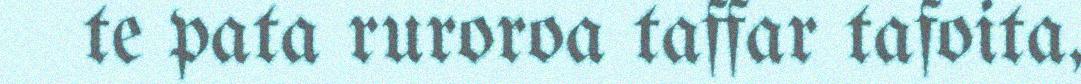
te pata ruroroa taffar tafoita,